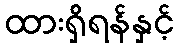
ထားရှိရန်နှင့်